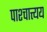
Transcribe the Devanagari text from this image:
पाश्चात्त्यय